King Institute of Preventive Medicine Micro-Biological Section reports 1909-11
Year: 1909
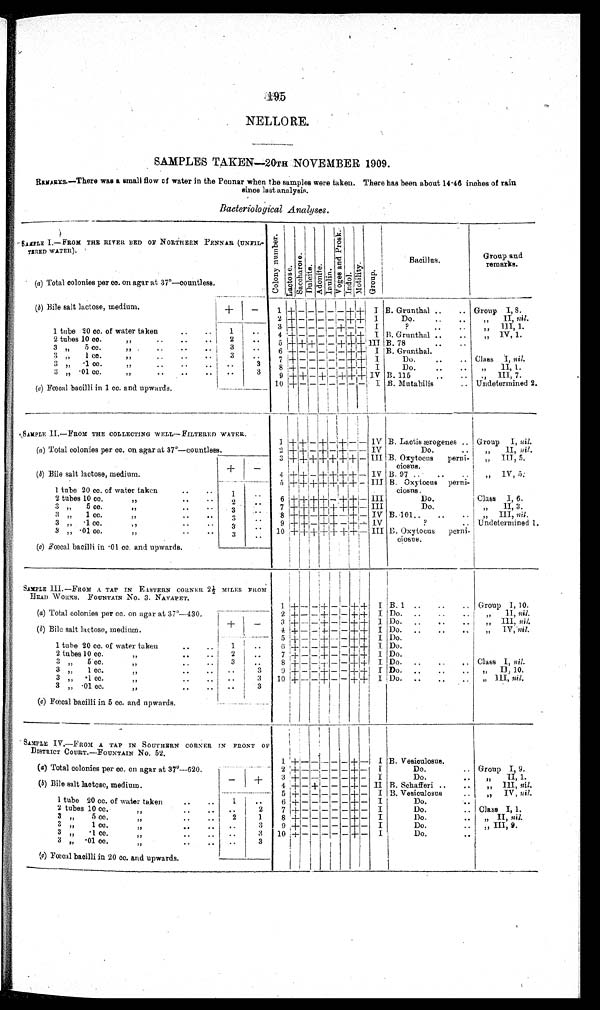
NELLORE.
SAMPLES TAKEN—20TH NOVEMBER 1909.
REMARKS.—There was a small flow of water in the Pennar when the samples were taken. There has been about 14.46 inches of rain
since last analysis.
Bacteriological Analyses.
SAMPLE 1.—FROM THE RIVER BED OF NORTHERN PENNAR (UNTIL
TIRED WATER).
C o l o n y n u m b e r . La c t os e .
S a c o h a r o s e . Du l o i t e . A d o n i t e . I n u l i n .
V o g e s a n d P r o s k .
I n d o l .
M o t i l i t y .
G r o u p .
Bacillus.
Group and
remarks.
(a) Total colonies per cc. on agar at 37°—countless.
(b) Bile salt lactose, medium.
+
–
1 + – – – – + + I B. Grunthal .. .. Group I, 8.
2 + – – – – – ++ I
Do. ..
II, n i l .
3 + – – – – + – – I
?
.. .. ,, III, 1.
1 tube 20 cc. of water taken
.. .. 1
. .
4+ – – – – – ++ I B. Grunthal . . . .
,, IV, 1.
2 tubes 10 cc.
,, .. ..
2
. .
5+ + +– – + ++ I I I B. 78
.. ..
3 ,,5 cc.
,,
.. .. .. 3
. . 6 + – – – – – + + I B. Grunthal.
3 „ 1 cc. ,, .. .. ..
3
. .
7 + –– – – – ++ I
Do. .. .. Class I, nil.
3 „ .1 cc. ,, .. ..
. .
3
8 + – – –– – + + I
Do. .. .. „ II, 1.
3 ,,. 01 cc.
,, .. .. ..
..
3 9 + + – + – +++ I V B. 115
.. .. ,, III, 7.
(c) Fœcal bacilli in 1 cc. and upwards.
10 +
–
–
–
– – – –
I
B. Mutabilis
..
Undetermined 2.
SAMPLE II.—FROM THE COLLECTING WELL—FILTERED WATER.
1 ++ – + – +– – IV B. Lactis ærogenes .. Group I, nil.
(a) Total colonies per cc. on agar at 37°—countless.
2 +
+ – +– +– – I V
Do.
.. „ II, nil.
3 + ++++ ++ – III . B. Oxytocus perni
iosus.
„ III, 5.
(b) Bile salt lactose , medium.
+ –
4 ++ – + + ++ – IV B. 97 .. .. .. ..
,, IV, 5.
5 ++ + ++ ++ – III B. Oxytocus perni
ciosns.
1 tube 20 cc. of water taken
.. ..
1
. .
2 tubes 10 cc.,,
.. ..
2
. . 6 ++ + +– ++ – III
Do.
..
Class I, 6.
3 „ 5 cc. ,, .. ..
3
. . 7 + + + ++ +– III
Do.
. . ,, II, 3.
3 „ 1 cc.
,,
.. ..
3
. . 8 ++ – ++ – + – IV B. 101.. .. .. ,, III, nil.
3 „ .1c
c
. .
..
3
. .
9 ++ – ++ – + – IV
?
.. Undetermined 1.
3 ,,. 01 cc.
.. ..
3
. . 10 + + + + + + + – III B. Oxytocus perni
cious.
(c) Fœcal bacilli in .01 cc. and upwards.
SAMPLE III.—FROM A TAP IN EASTERN CORNER 2½ MILES FROM
HEAD WORKS. FOUNTAIN No. 3. NAVAPET.
1 +– – + – – ++ I. B. 1 .. .. .. Group 1, 10.
(a) Total colonies per cc. on agar at 37°—430.
2 +– – + – – + + I Do.
.. .. „ II, nil.
+
– 3 +– – + – – ++ I Do. .. .. .. ,, III, nil.
( b)Bi l e s a l t l a c t o s e , me d i u m.
4 +– – +– – ++ I ' Do.. .. . .
,, IV, nil.
5 +– – + – – + + I Do.
1 tube 20 cc. of water taken
.. .. 1 ..
6 ++–– + – – ++ I. Do.
2 tubes 10 cc.
,, .. 2 .. 7 +– – + – – + + I Do.
3 „ 5 cc.
.. .. 3 .. 8 +– – + – – + + I Do. .. .. .. Class I, nil.
3 ,, 1 cc.
.. .. ..
. . 3
9 + – – + – – + ++ I Do. ..
,,
I I , 1 0 .
3 ...1 cc.
.. ..
. . 3 10 +– – + – – ++ I Do. .. ..
,, III, nil.
3 „ .01 cc..
.
.
. .
3
(c) Fœcal bacilli in 5 cc. and upwards.
SAMPLE IV.—FROM A TAP IN SOUTHERN CORNER IN FRONT O
F DISTRICT COURT.—FOUNTAIN No. 52
1 + – – – – –+ – I B. Vesioulosus.
(a) Total colonies per cc. on agar at 37º—620.
2 + – – – – –+ – I
Do.
.. Group I, 9.
– + 3 + – – – – –– + –
Do.
..
,, II, 1.
(b) Bile salt lactose, medium.
4 + – + – – –+ – II B. Schafferi .. .. „ III, nil.
5 + – – – – – + – I B. Vesiculosus .. ,, IV, nil.
1 tube 20 cc. of water taken
.. .. 1
. . 6 + – – – – –+ – I
Do.
..
2 tubes 10 cc.
,, . .
. .
. . 2 7 + – – – – – + – I
Do.
.. Class I, 1.
3 „ 5 cc.
..
2
1 8 +– – – – –+ – I
Do.
.. „ II, nil.
3 „ 1 cc.. .. ..
. .
3 9 + ––– – – –+ – I
Do.
.. „ III, 9.
3 ,, .1 cc.
.. .. ..
3 10 + – – – – –+ – I
Do.
..
3 „ . 0 1 c c . , ,
. .
. .
. .
3
(c) Fœcal bacilli in 20 cc. and upwards.